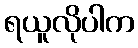
ရယူလိုပါက